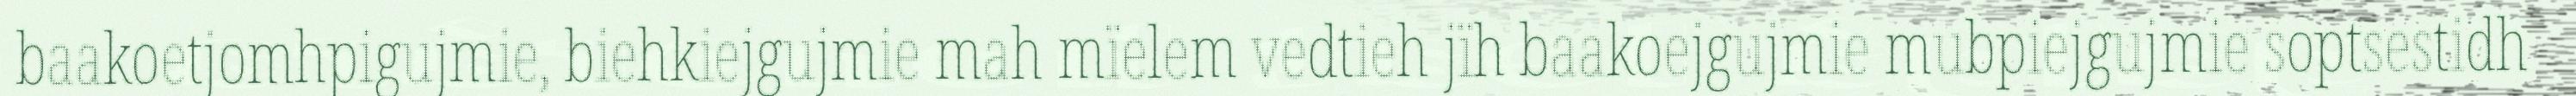
baakoetjomhpigujmie, biehkiejgujmie mah mïelem vedtieh jïh baakoejgujmie mubpiejgujmie soptsestidh